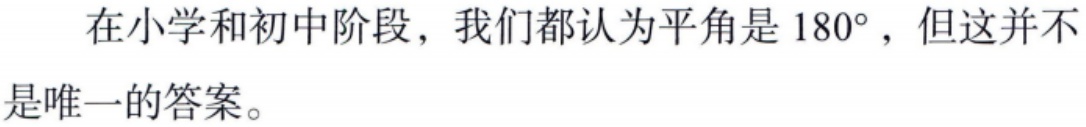
在小学和初中阶段，我们都认为平角是 \(180^{\circ}\)，但这并不是唯一的答案。